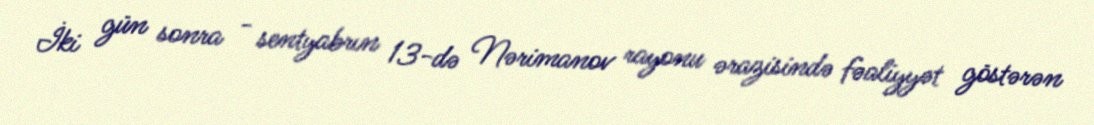
İki gün sonra - sentyabrın 13-də Nərimanov rayonu ərazisində fəaliyyət göstərən